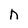
Character: n